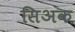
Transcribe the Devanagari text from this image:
सिअक